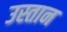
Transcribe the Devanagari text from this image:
उस्तान